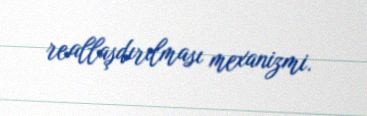
reallaşdırılması mexanizmi.